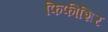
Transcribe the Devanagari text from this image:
फिफीशिर